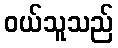
ဝယ်သူသည်